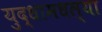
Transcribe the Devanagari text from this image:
युद्धामधल्या